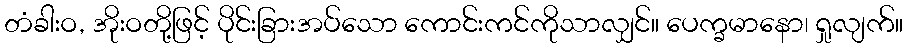
တံခါးဝ, အိုးဝတို့ဖြင့် ပိုင်းခြားအပ်သော ကောင်းကင်ကိုသာလျှင်။ ပေက္ခမာနော၊ ရှုလျက်။